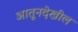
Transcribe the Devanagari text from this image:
आतूनदेखील